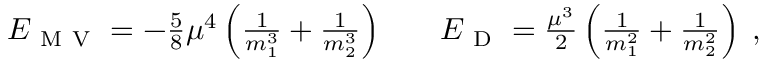
\begin{array} { r l r } { E _ { \mathrm { ~ M ~ V ~ } } = - \frac { 5 } { 8 } \mu ^ { 4 } \left( \frac { 1 } { m _ { 1 } ^ { 3 } } + \frac { 1 } { m _ { 2 } ^ { 3 } } \right) } & { { } } & { E _ { \mathrm { ~ D ~ } } = \frac { \mu ^ { 3 } } { 2 } \left( \frac { 1 } { m _ { 1 } ^ { 2 } } + \frac { 1 } { m _ { 2 } ^ { 2 } } \right) \; , } \end{array}